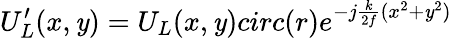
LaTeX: U_{L}^{\prime}(x,\mathit{y})=U_{L}(x,\mathit{y})circ(r)e^{-j\frac{{k}}{{2f}}(x^{2}+\mathit{y}^{2})}